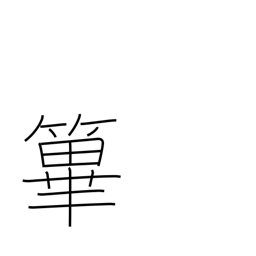
Meaning: fence